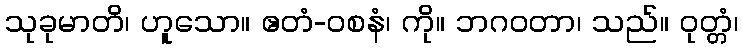
သုခုမာတိ၊ ဟူသော။ ဧတံ-ဝစနံ၊ ကို။ ဘဂဝတာ၊ သည်။ ဝုတ္တံ၊